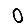
Digit: 0